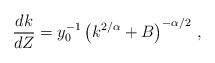
LaTeX: \begin{align*}\frac {dk}{dZ} =y_0^{-1} \left( k^{2/\alpha} +B\right)^{-\alpha/2} \,,\end{align*}